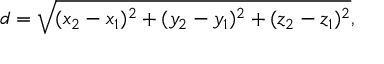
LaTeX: d = { \sqrt { ( x _ { 2 } - x _ { 1 } ) ^ { 2 } + ( y _ { 2 } - y _ { 1 } ) ^ { 2 } + ( z _ { 2 } - z _ { 1 } ) ^ { 2 } } } ,